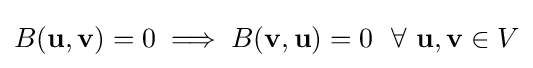
B(\mathbf {u} ,\mathbf {v} )=0\implies B(\mathbf {v} ,\mathbf {u} )=0\ \ \forall \ \mathbf {u} ,\mathbf {v} \in V